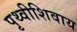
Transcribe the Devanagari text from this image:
पृथ्वीशिवाय